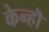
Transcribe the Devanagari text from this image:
केन्हॊ